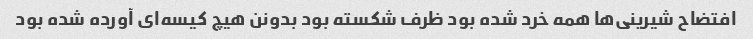
افتضاح شیرینی‌ها همه خرد شده بود ظرف شکسته بود بدونن هیچ کیسه‌ای آورده شده بود